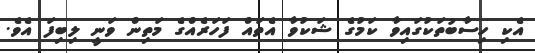
އެކި ހިސާބުތަކުގައިވާ ކަމުގެ ޝަކުވާ އެތައް ފަހަރެއްގެ މަތިން ވަނީ ލިބިފަ އެވެ.